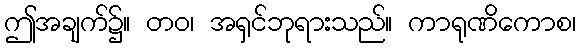
ဤအချက်၌။ တဝ၊ အရှင်ဘုရားသည်။ ကာရုဏိကောစ၊